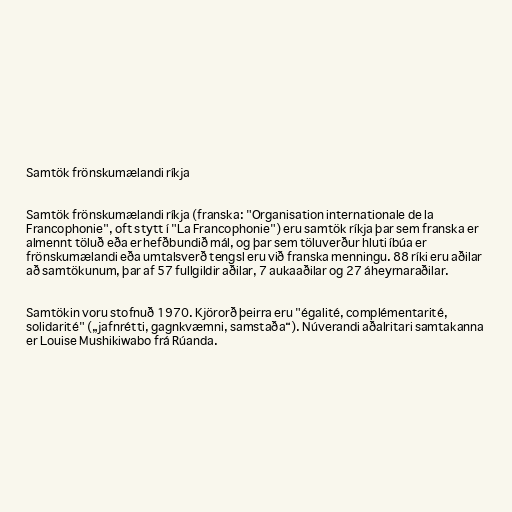
Samtök frönskumælandi ríkja

Samtök frönskumælandi ríkja (franska: "Organisation internationale de la
Francophonie", oft stytt í "La Francophonie") eru samtök ríkja þar sem franska er
almennt töluð eða er hefðbundið mál, og þar sem töluverður hluti íbúa er
frönskumælandi eða umtalsverð tengsl eru við franska menningu. 88 ríki eru aðilar
að samtökunum, þar af 57 fullgildir aðilar, 7 aukaaðilar og 27 áheyrnaraðilar.

Samtökin voru stofnuð 1970. Kjörorð þeirra eru "égalité, complémentarité,
solidarité" („jafnrétti, gagnkvæmni, samstaða“). Núverandi aðalritari samtakanna
er Louise Mushikiwabo frá Rúanda.